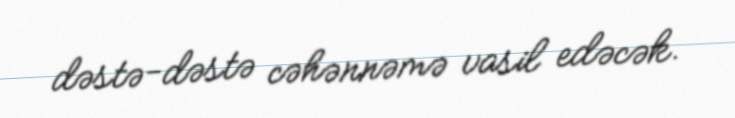
dəstə-dəstə cəhənnəmə vasil edəcək.